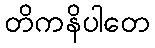
တိကနိပါတေ